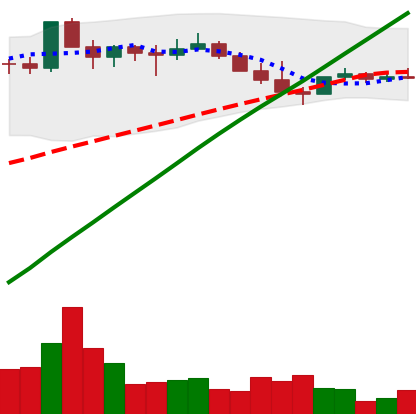
Ticker: DOGE-USD
Chart end date: 2021-03-30
Forward return: 6.501%
Label: up_5_7